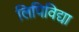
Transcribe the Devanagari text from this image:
लिपिविद्या